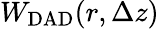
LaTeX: W_{\mathrm{DAD}}(r,\Delta z)